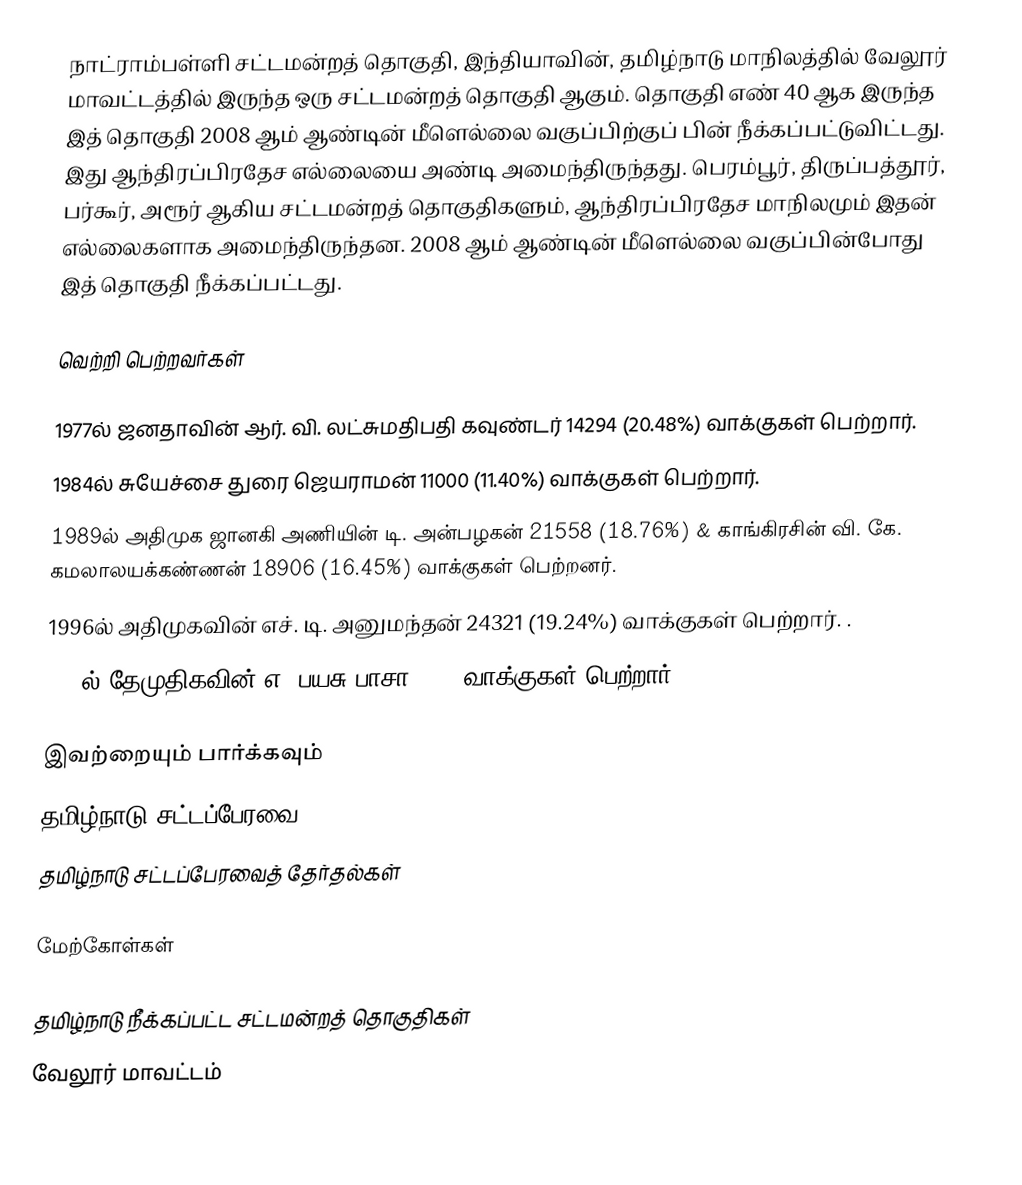
நாட்ராம்பள்ளி சட்டமன்றத் தொகுதி, இந்தியாவின், தமிழ்நாடு மாநிலத்தில்  வேலூர் மாவட்டத்தில் இருந்த ஒரு சட்டமன்றத் தொகுதி ஆகும். தொகுதி எண் 40 ஆக இருந்த இத் தொகுதி 2008 ஆம் ஆண்டின் மீளெல்லை வகுப்பிற்குப் பின் நீக்கப்பட்டுவிட்டது. இது ஆந்திரப்பிரதேச எல்லையை அண்டி அமைந்திருந்தது. பெரம்பூர், திருப்பத்தூர், பர்கூர், அரூர் ஆகிய சட்டமன்றத் தொகுதிகளும், ஆந்திரப்பிரதேச மாநிலமும் இதன் எல்லைகளாக அமைந்திருந்தன. 2008 ஆம் ஆண்டின் மீளெல்லை வகுப்பின்போது இத் தொகுதி நீக்கப்பட்டது.

வெற்றி பெற்றவர்கள்

 1977ல் ஜனதாவின் ஆர். வி. லட்சுமதிபதி கவுண்டர் 14294 (20.48%) வாக்குகள் பெற்றார்.
 1984ல் சுயேச்சை துரை ஜெயராமன் 11000 (11.40%) வாக்குகள் பெற்றார்.
1989ல் அதிமுக ஜானகி அணியின் டி. அன்பழகன் 21558 (18.76%) & காங்கிரசின் வி. கே. கமலாலயக்கண்ணன்  18906 (16.45%) வாக்குகள் பெற்றனர்.
1996ல் அதிமுகவின் எச். டி. அனுமந்தன் 24321 (19.24%) வாக்குகள் பெற்றார். .
2006ல்  தேமுதிகவின் எ. பயசு பாசா 8951 வாக்குகள் பெற்றார்.

இவற்றையும் பார்க்கவும்
 தமிழ்நாடு சட்டப்பேரவை
 தமிழ்நாடு சட்டப்பேரவைத் தேர்தல்கள்

மேற்கோள்கள்

தமிழ்நாடு நீக்கப்பட்ட சட்டமன்றத் தொகுதிகள்
வேலூர் மாவட்டம்